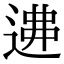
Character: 𨔂